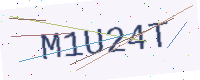
Text: M1U24T